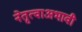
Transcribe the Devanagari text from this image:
नेतृत्वाअभावी